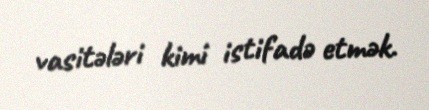
vasitələri kimi istifadə etmək.